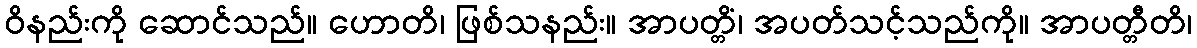
ဝိနည်းကို ဆောင်သည်။ ဟောတိ၊ ဖြစ်သနည်း။ အာပတ္တိံ၊ အပတ်သင့်သည်ကို။ အာပတ္တီတိ၊